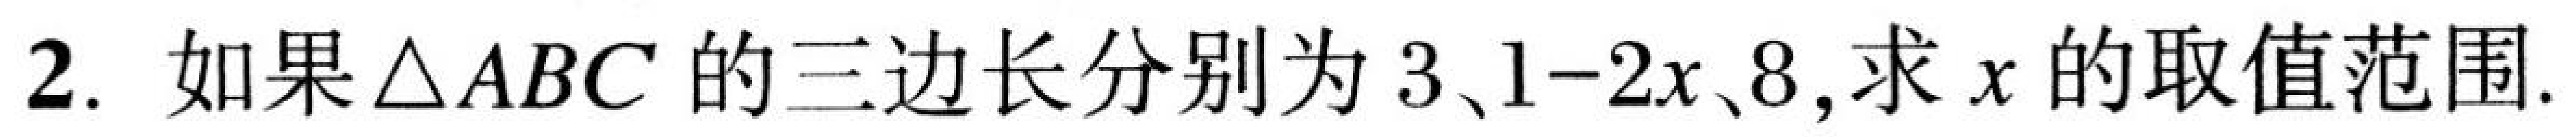
2. 如果$\triangle ABC$的三边长分别为$3、1 - 2x、8$,求$x$的取值范围.